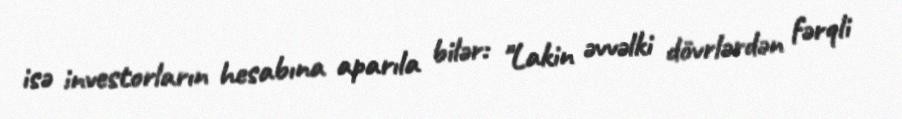
isə investorların hesabına aparıla bilər: "Lakin əvvəlki dövrlərdən fərqli